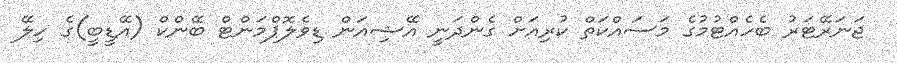
ޖަނަރޭޓަރު ބެހެއްޓުމުގެ މަސައްކަތް ކުރިއަށް ގެންދަނީ އޭޝިއަން ޑިވެލޮޕްމަންޓް ބޭންކް (އޭޑީބީ)ގެ ހިލޭ